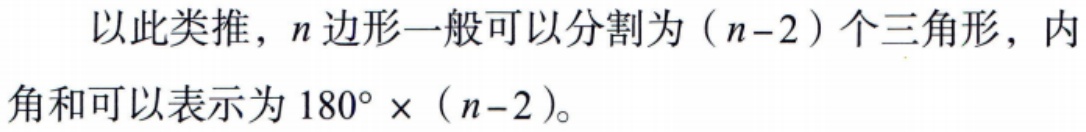
以此类推，\(n\)边形一般可以分割为\((n - 2)\)个三角形，内角和可以表示为\(180^{\circ} \times (n - 2)\)。